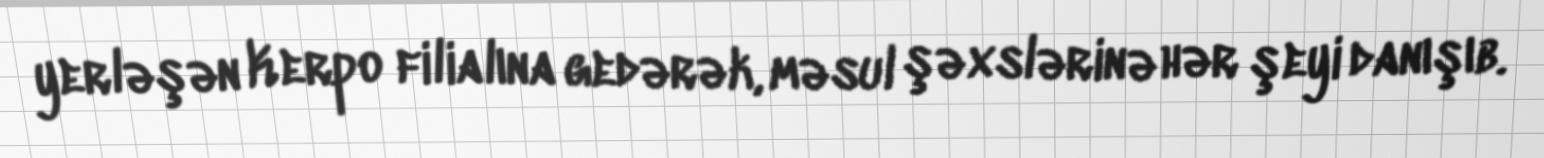
yerləşən Kerpo filialına gedərək, məsul şəxslərinə hər şeyi danışıb.